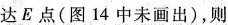
达E点(图14中未画出)，则